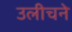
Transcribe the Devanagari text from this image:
उलीचने